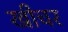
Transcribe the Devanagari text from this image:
खीचर